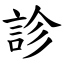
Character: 診